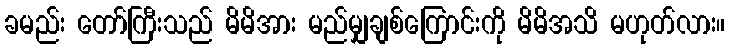
ခမည်း တော်ကြီးသည် မိမိအား မည်မျှချစ်ကြောင်းကို မိမိအသိ မဟုတ်လား။